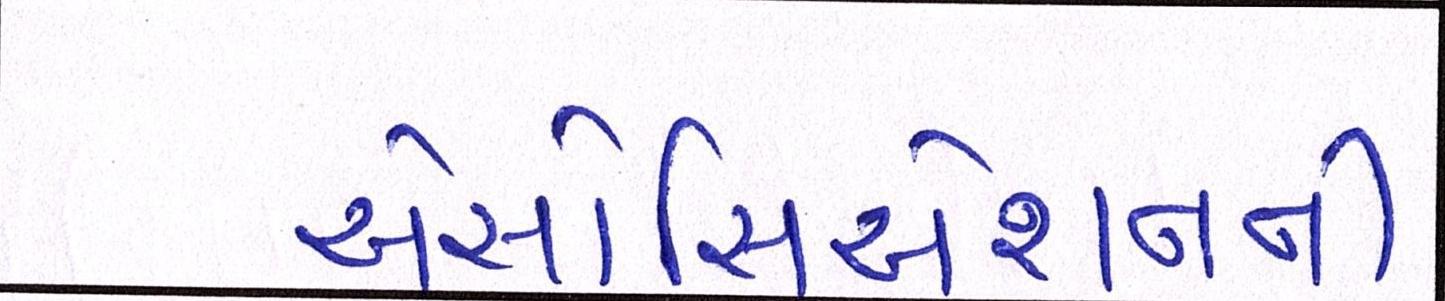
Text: એસોસિએશનની